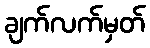
ချက်လက်မှတ်